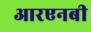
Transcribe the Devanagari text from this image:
आरएनबी